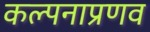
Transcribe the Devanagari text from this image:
कल्पनाप्रणव